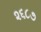
૨૬૮૭